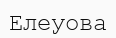
Елеуова